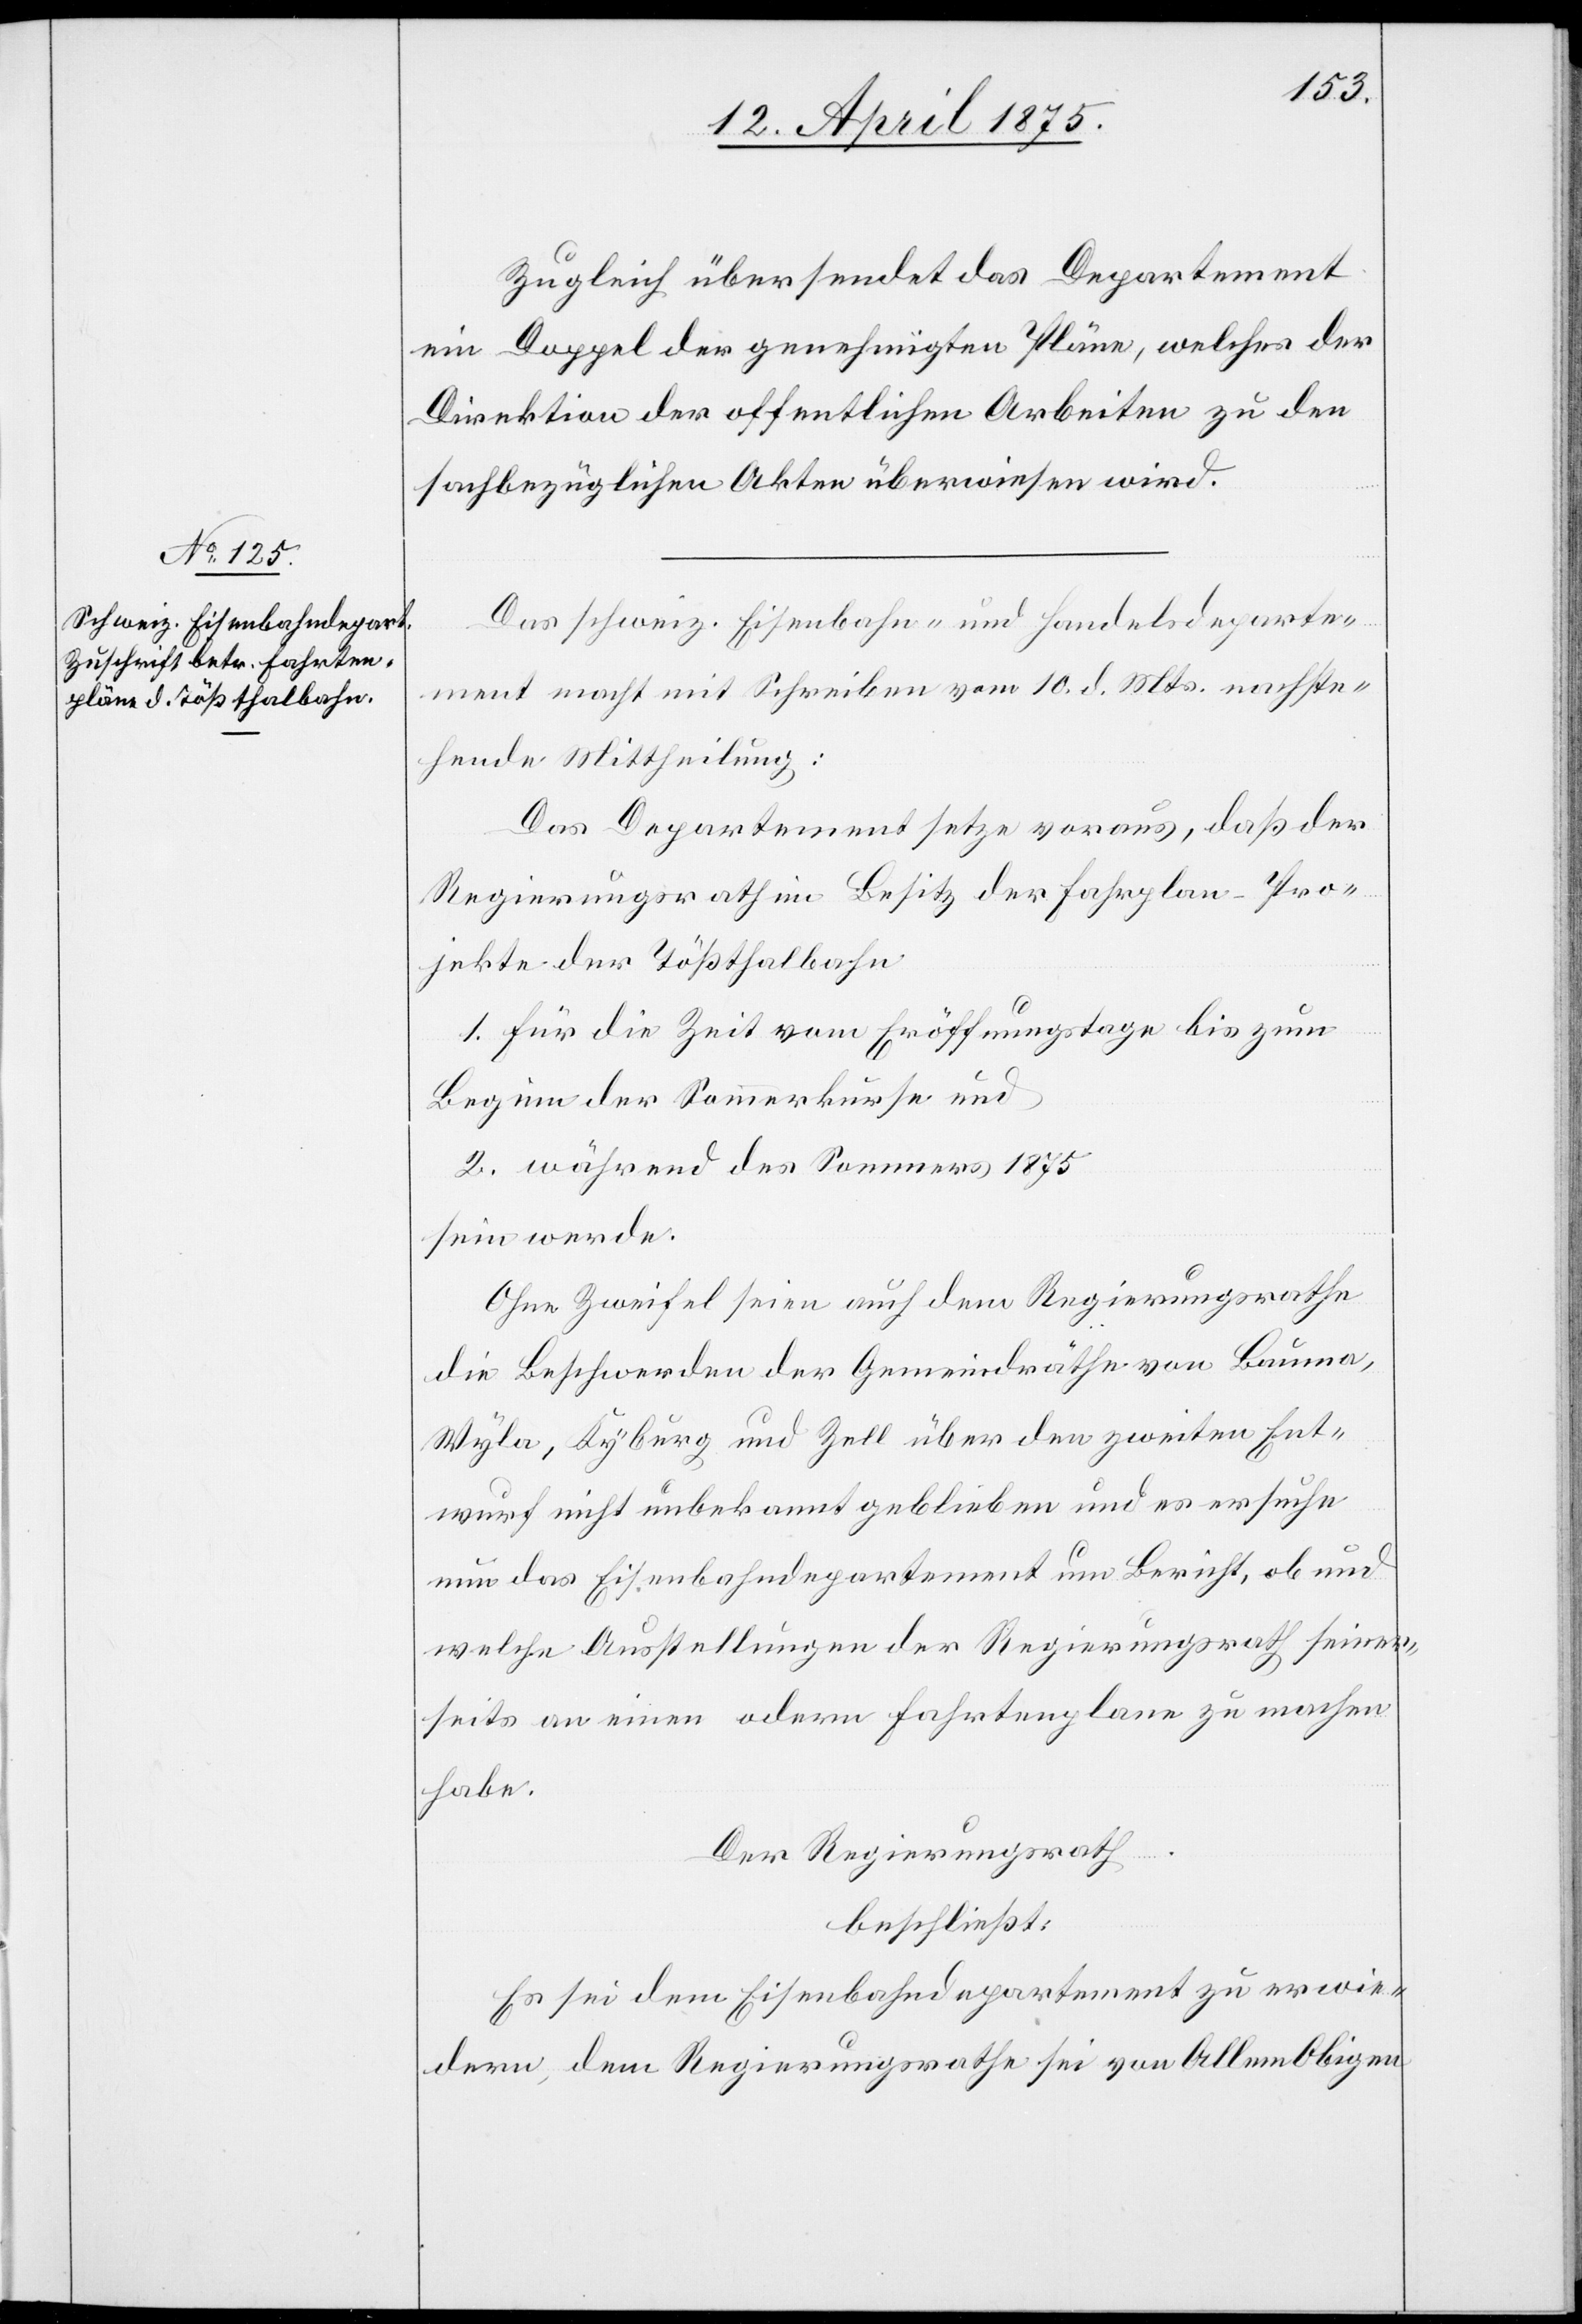
Zugleich übersendet das Departement
ein Doppel der genehmigten Pläne, welches der
Direktion der öffentlichen Arbeiten zu den
sachbezüglichen Akten überwiesen wird.
Das schweiz. Eisenbahn- und Handelsdeparte¬
ment macht mit Schreiben vom 10. d. Mts. nachste¬
hende Mittheilung:
Das Departement setze voraus, daß der
Regierungsrath im Besitz der Fahrplan-Pro¬
jekte der Tößthalbahn
1. für die Zeit vom Eröffnungstage bis zum
Beginn der Sommerkurse und
2. während des Sommers 1875
sein werde.
Ohne Zweifel seien auch dem Regierungsrathe
die Beschwerden der Gemeindräthe von Bauma,
Wyla, Kyburg und Zell über den zweiten Ent¬
wurf nicht unbekannt geblieben und es ersuche
nun das Eisenbahndepartement im Bericht, ob und
welche Ausstellungen der Regierungsrath seiner¬
seits an einen odern [recte: andern] Fahrtenplan zu machen
habe.
Der Regierungsrath
beschließt:
Es sei dem Eisenbahndepartment zu erwie¬
dern, dem Regierungsrathe sei von Allem Obigen